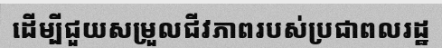
ដើម្បីជួយសម្រួលជីវភាពរបស់ប្រជាពលរដ្ឋ